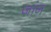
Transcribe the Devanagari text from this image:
जांन